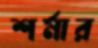
শর্মার